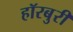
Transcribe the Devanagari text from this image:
हॉरबुरी